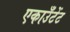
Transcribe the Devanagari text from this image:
एकाउँटेंट